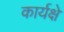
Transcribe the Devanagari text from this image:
कार्यक्षे